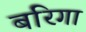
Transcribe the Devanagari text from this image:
बरिगा